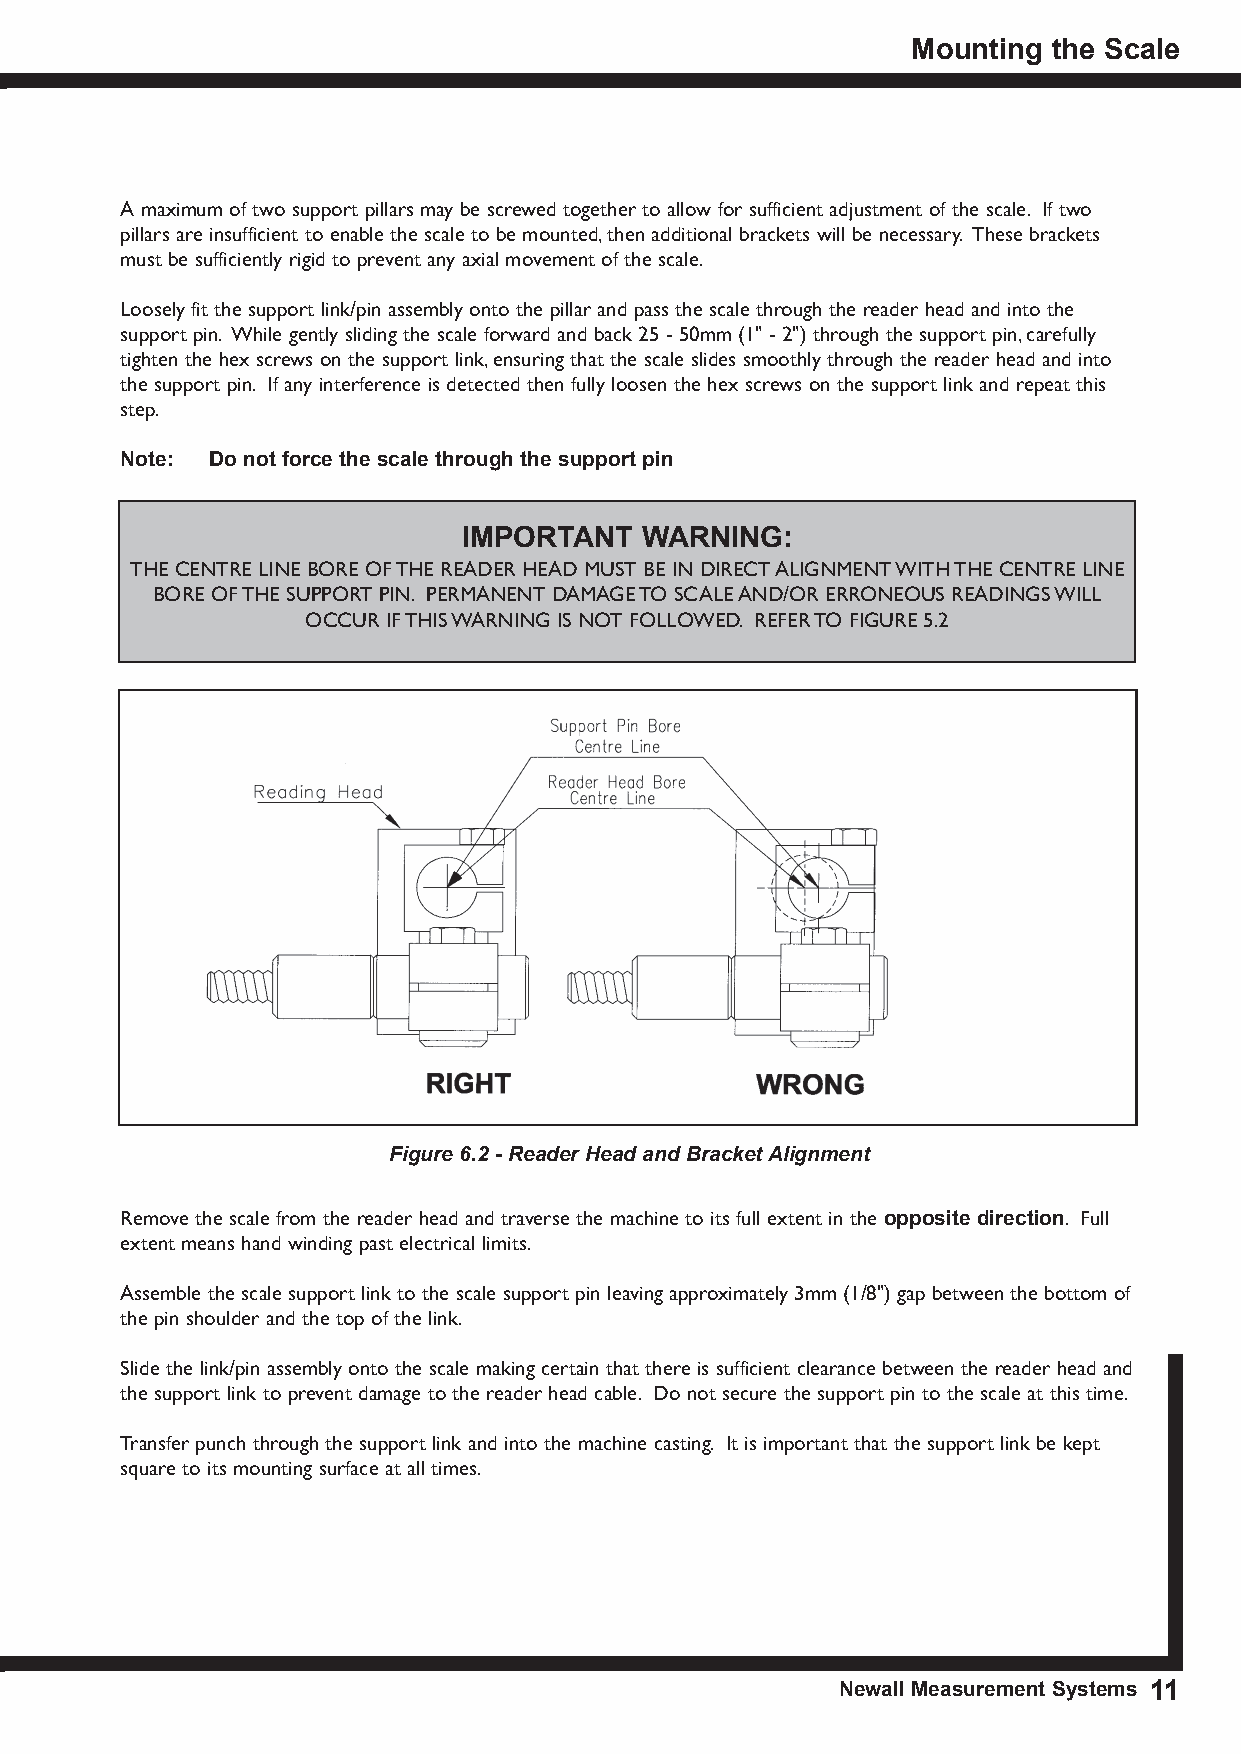
Mounting  the scale
 A maximum of two support pillars may be screwed together to allow for sufficient adjustment of the scale. If two
 pillars are insufficient to enable the scale to be mounted, then additional brackets will be necessary. These brackets
 must be sufficiently rigid to prevent any axial movement of the scale.
 Loosely fit the support link/pin assembly onto the pillar and pass the scale through the reader head and into the
 support pin. While gently sliding the scale forward and back 25 - 50mm (1" - 2") through the support pin, carefully
 tighten the hex screws on the support link, ensuring that the scale slides smoothly through the reader head and into
 the support pin. If any interference is detected then fully loosen the hex screws on the support link and repeat this
 step.
 note: Do not force the scale through the support pin
 IMPoRtAnt  WARnInG:
 THE CENTRE LINE BORE OF THE READER HEAD MUST BE IN DIRECT ALIGNMENT WITH THE CENTRE LINE
 BORE OF THE SUPPORT PIN. PERMANENT DAMAGE TO SCALE AND/OR ERRONEOUS READINGS WILL
 OCCUR IF THIS WARNING IS NOT FOLLOWED. REFER TO FIGURE 5.2
 Figure 6.2 - Reader Head and Bracket Alignment
 Remove the scale from the reader head and traverse the machine to its full extent in the opposite direction. Full
 extent means hand winding past electrical limits.
 Assemble the scale support link to the scale support pin leaving approximately 3mm (1/8") gap between the bottom of
 the pin shoulder and the top of the link.
 Slide the link/pin assembly onto the scale making certain that there is sufficient clearance between the reader head and
 the support link to prevent damage to the reader head cable. Do not secure the support pin to the scale at this time.
 Transfer punch through the support link and into the machine casting. It is important that the support link be kept
 square to its mounting surface at all times.
 newall Measurement systems 11